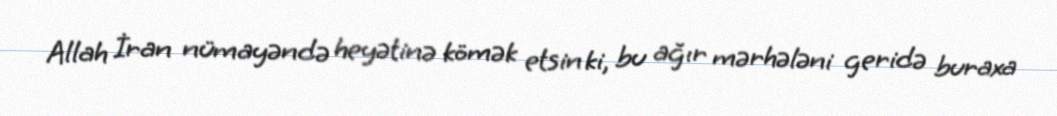
Allah İran nümayəndə heyətinə kömək etsin ki, bu ağır mərhələni geridə buraxa